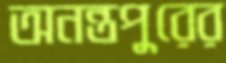
অনন্তপুরের